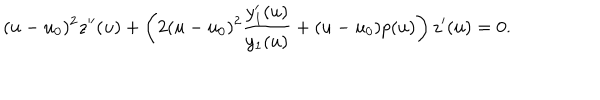
( u - u _ { 0 } ) ^ { 2 } z ^ { \prime \prime } ( u ) + \left( 2 ( u - u _ { 0 } ) ^ { 2 } \frac { y _ { 1 } ^ { \prime } ( u ) } { y _ { 1 } ( u ) } + ( u - u _ { 0 } ) p ( u ) \right) z ^ { \prime } ( u ) = 0 .